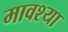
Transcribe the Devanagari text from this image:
मावश्या